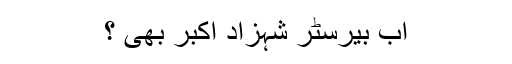
اب بیرسٹر شہزاد اکبر بھی ؟